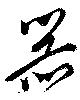
噐